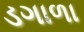
ડગાળા